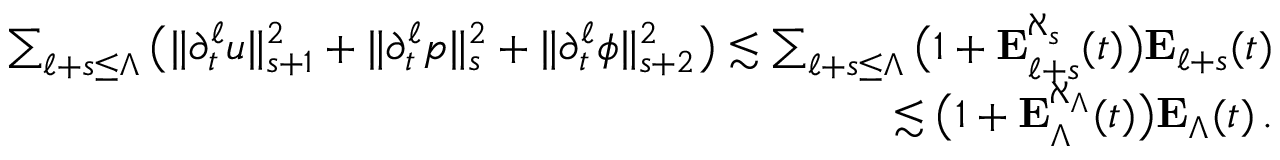
\begin{array} { r } { \sum _ { \ell + s \leq \Lambda } \big ( \| \partial _ { t } ^ { \ell } u \| _ { s + 1 } ^ { 2 } + \| \partial _ { t } ^ { \ell } p \| _ { s } ^ { 2 } + \| \partial _ { t } ^ { \ell } \phi \| _ { s + 2 } ^ { 2 } \big ) \lesssim \sum _ { \ell + s \leq \Lambda } \big ( 1 + \mathbf { E } _ { \ell + s } ^ { \aleph _ { s } } ( t ) \big ) \mathbf { E } _ { \ell + s } ( t ) } \\ { \lesssim \big ( 1 + \mathbf { E } _ { \Lambda } ^ { \aleph _ { \Lambda } } ( t ) \big ) \mathbf { E } _ { \Lambda } ( t ) \, . } \end{array}